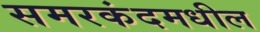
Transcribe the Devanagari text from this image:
समरकंदमधील